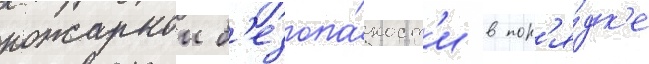
пожарнои б'езопа́сност'и в пор'я́дк'е